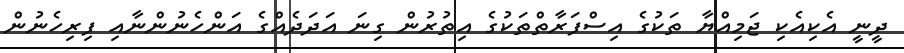
ދީނީ އެކިއެކި ޖަމިއްޔާ ތަކުގެ އިސްފަރާތްތަކުގެ އިތުރުން ގިނަ އަދަދެއްގެ އަންހެނުންނާއި ފިރިހެނުން